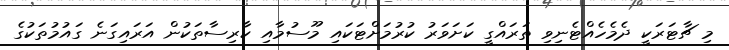
މި ޗާޓަރަކީ ދެމެހެއްޓެނިވި ތަރައްގީ ކަށަވަރު ކުރުމަށްޓަކައި މޫސުމާއި ކާރިސާތަކުން އަރައިގަނެ ގައުމުތަކުގެ